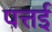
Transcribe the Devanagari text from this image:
पत्तई